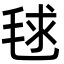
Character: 毬